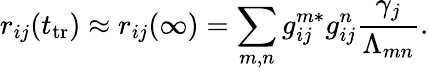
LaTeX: r_{ij}(t_{\mathrm{tr}})\approx r_{ij}(\infty)=\sum_{m,n}g_{ij}^{m*}g_{ij}^{n}\frac{\gamma_{j}}{\Lambda_{mn}}.